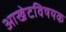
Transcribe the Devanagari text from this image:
आखेटविषयक